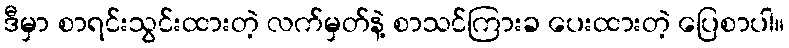
ဒီမှာ စာရင်းသွင်းထားတဲ့ လက်မှတ်နဲ့ စာသင်ကြားခ ပေးထားတဲ့ ပြေစာပါ။